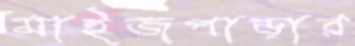
মাইজপাড়ার